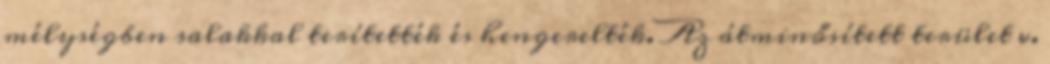
mélységben salakkal terítették és hengerelték. Az átminősített terület v.